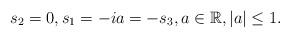
LaTeX: \begin{gather*}s_2=0, s_1 = -ia = -s_3 , a\in {\mathbb R}, |a|\leq 1.\end{gather*}